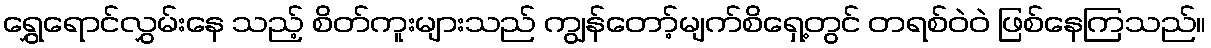
ရွှေရောင်လွှမ်းနေ သည့် စိတ်ကူးများသည် ကျွန်တော့်မျက်စိရှေ့တွင် တရစ်ဝဲဝဲ ဖြစ်နေကြသည်။